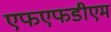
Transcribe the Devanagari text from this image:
एफएफडीएम